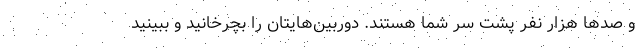
و صدها هزار نفر پشت سر شما هستند. دوربین‌هایتان را بچرخانید و ببینید